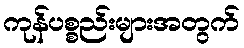
ကုန်ပစ္စည်းများအတွက်